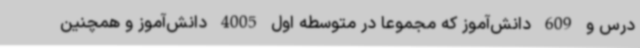
درس و 609 دانش‌آموز که مجموعا در متوسطه اول 4005 دانش‌آموز و همچنین